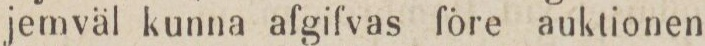
jemväl kunna afgifvas före auktionen